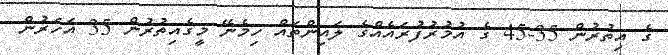
ގެ އިތުރުން 35-45 ގެ އުމުރުފުރައެއްގެ ލައިންތައް ހިމެނޭ މީގެއިތުރުން 35 އަހަރުން